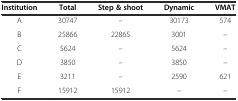
<table><thead><tr><td><b>Institution</b></td><td><b>Total</b></td><td><b>Step &amp; shoot</b></td><td><b>Dynamic</b></td><td><b>VMAT</b></td></tr></thead><tbody><tr><td>A</td><td>30747</td><td>–</td><td>30173</td><td>574</td></tr><tr><td>B</td><td>25866</td><td>22865</td><td>3001</td><td>–</td></tr><tr><td>C</td><td>5624</td><td>–</td><td>5624</td><td>–</td></tr><tr><td>D</td><td>3850</td><td>–</td><td>3850</td><td>–</td></tr><tr><td>E</td><td>3211</td><td>–</td><td>2590</td><td>621</td></tr><tr><td>F</td><td>15912</td><td>15912</td><td>–</td><td>–</td></tr></tbody></table>